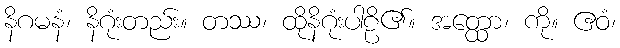
နိဂမနံ၊ နိဂုံးတည်း။ တဿ၊ ထိုနိဂုံးပါဠိ၏။ အတ္ထော၊ ကို။ ဧဝံ၊